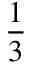
\frac 1 3